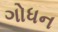
ગોધન